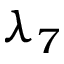
\lambda _ { 7 }